Juri_Uluots, lk 16
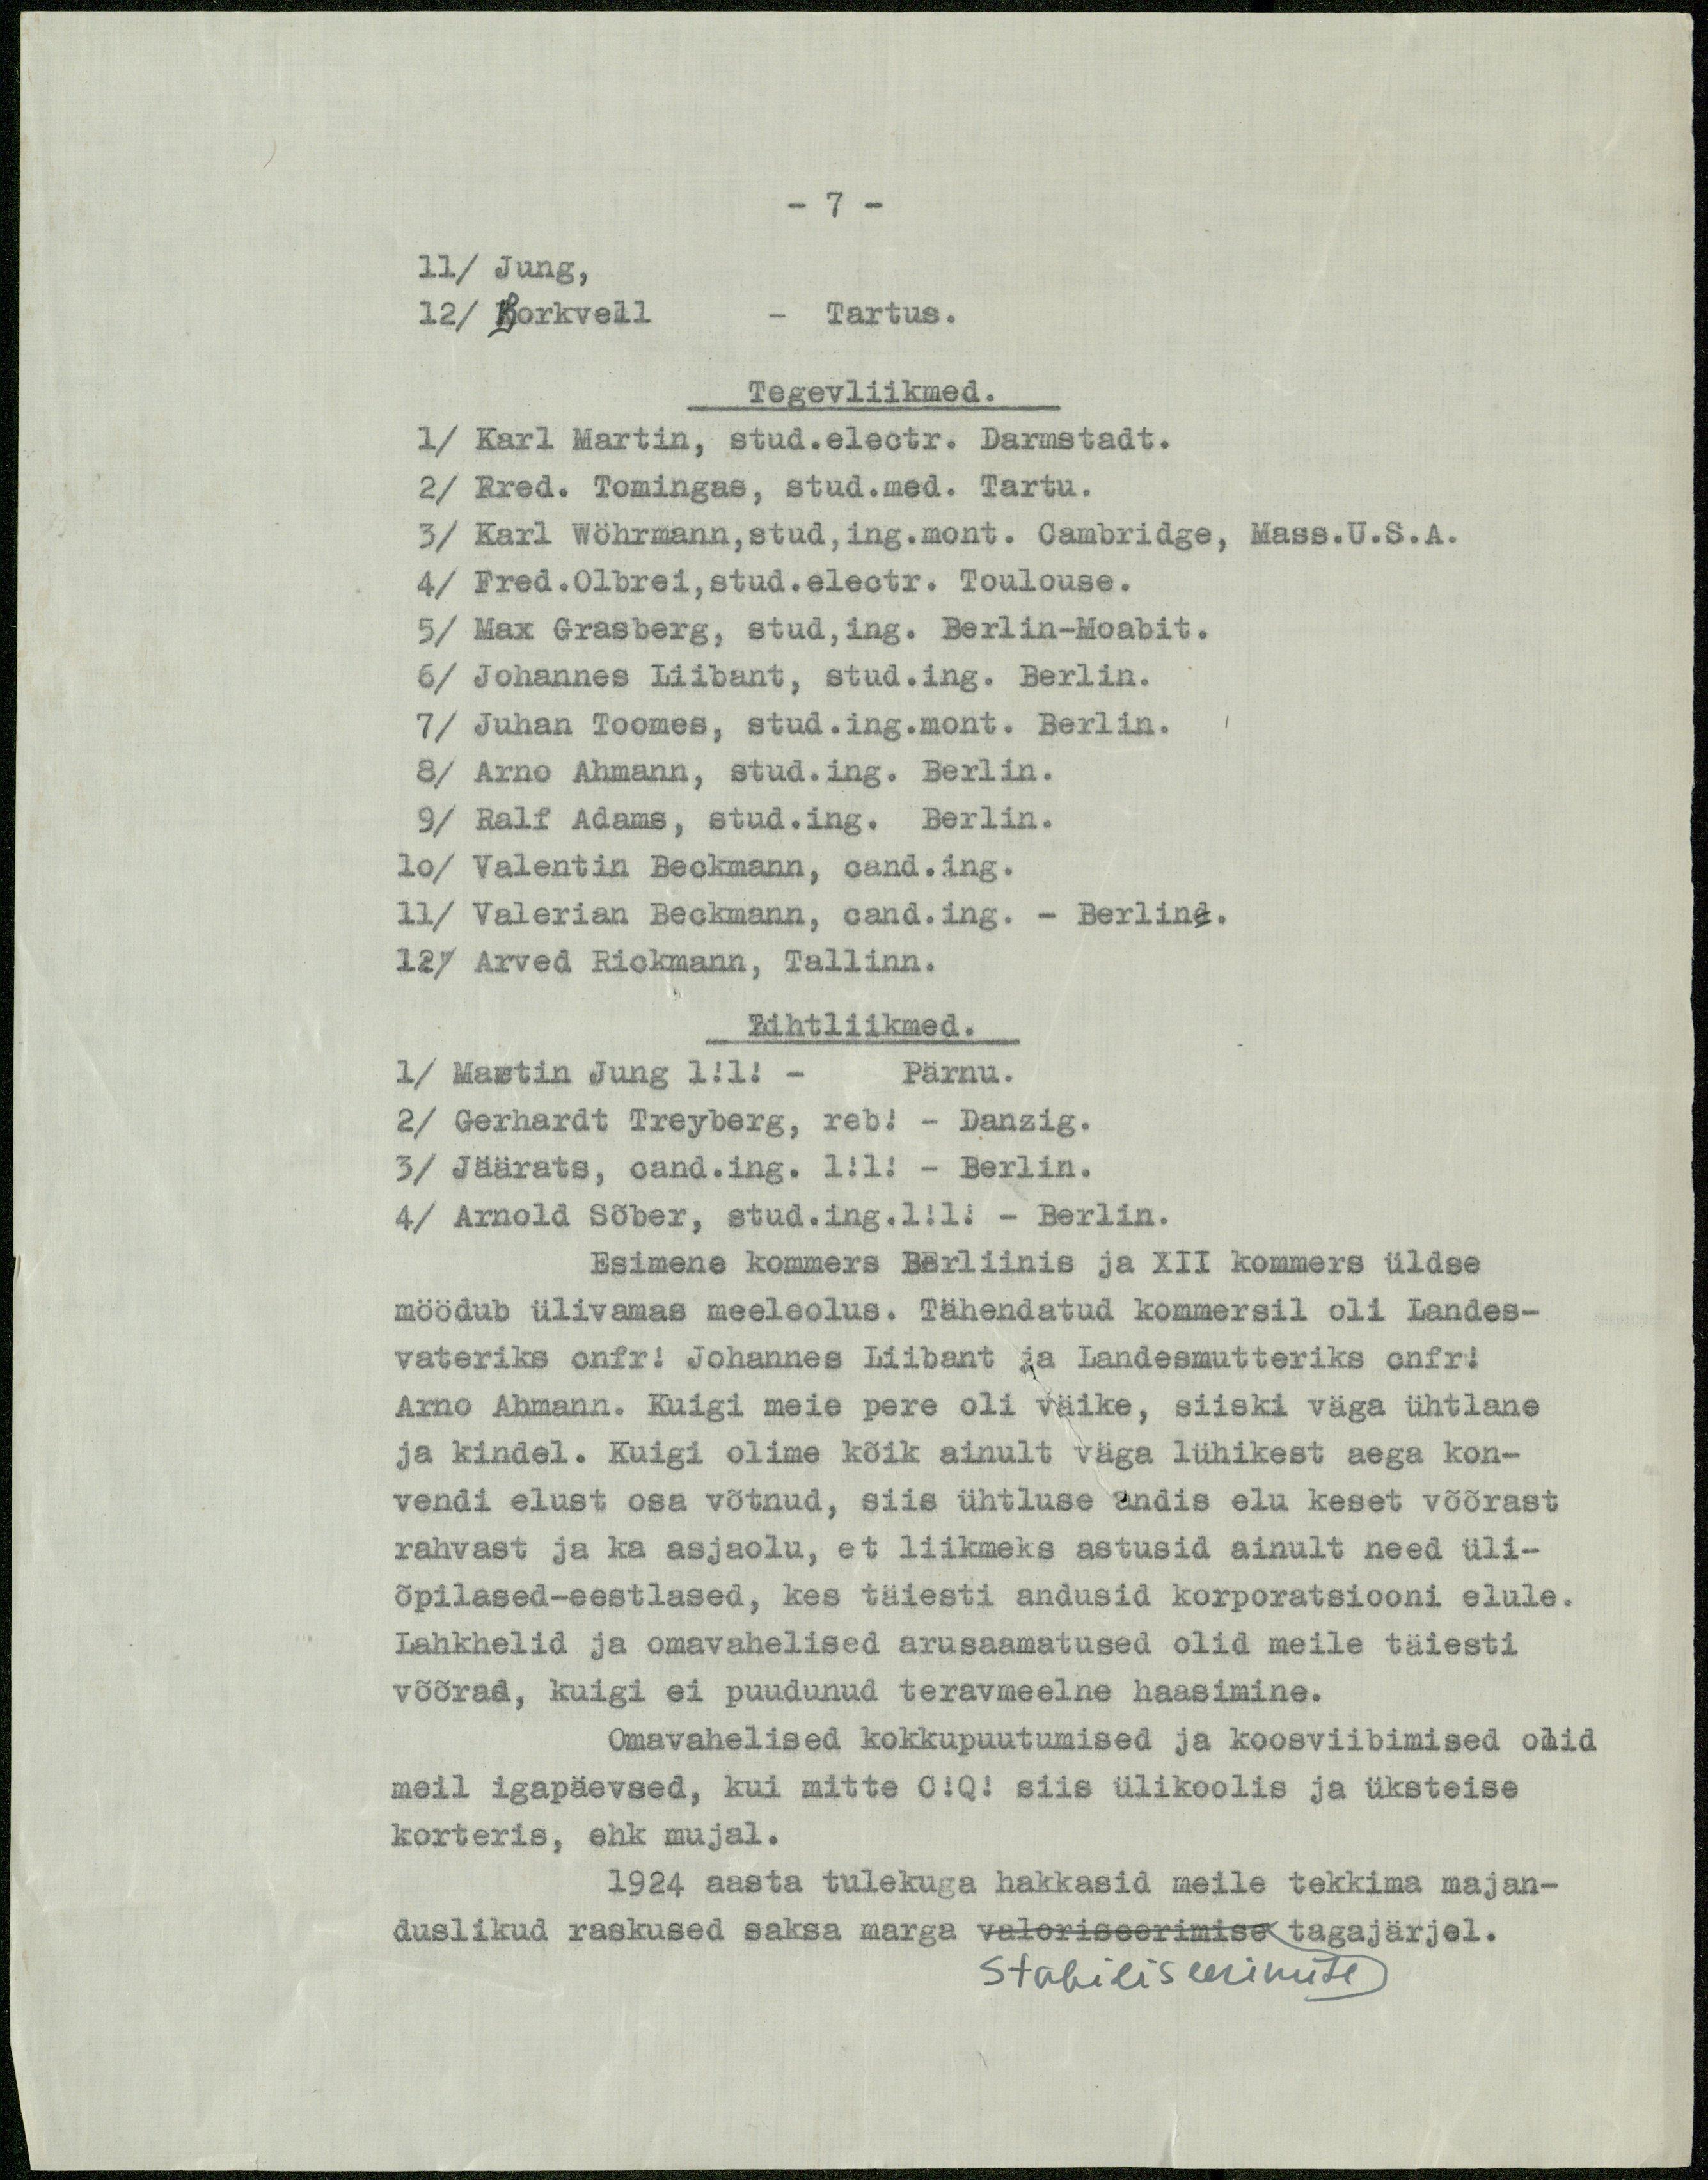
- 7 -
11/ Jung,
12/ Korkvell
- Tartus.
Tegevliikmed.
1/ Karl Martin, stud.electr. Darmstadt.
2/ Fred. Tomingas, stud.med. Tartu.
3/ Karl Wöhrmann,stud,ing.mont. Cambridge, Mass.U.S.A.
4/ Fred.Olbrei,stud.electr. Toulouse.
5/ Max Grasberg, stud,ing. Berlin-Moabit.
6/ Johannes Liibant, stud.ing. Berlin.
7/ Juhan Toomes, stud.ing.mont. Berlin.
8/ Arno Ahmann, stud.ing. Berlin.
9/ Ralf Adams, stud.ing. Berlin.
10/ Valentin Beckmann, cand.ing.
11/ Valerian Beckmann, cand.ing. - Berlind.
12/ Arved Rickmann, Tallinn.
Lihtliikmed.
1/ Martin Jung 1!1! - Pärnu.
2/ Gerhardt Treyberg, reb! - Danzig.
3/ Jäärats, cand.ing. 1!1! - Berlin.
4/ Arnold Sõber, stud.ing.1!1! - Berlin.
Esimene kommers Berliinis ja XII kommers üldse
möödub ülivamas meeleolus. Tähendatud kommersil oli Landes-
vateriks cnfr! Johannes Liibant ja Landesmutteriks cnfr!
Arno Ahmann. Kuigi meie pere oli väike, siiski väga ühtlane
ja kindel. Kuigi olime kõik ainult väga lühikest aega kon-
vendi elust osa võtnud, siis ühtluse andis elu keset võõrast
rahvast ja ka asjaolu, et liikmeks astusid ainult need üli-
õpilased-eestlased, kes täiesti andusid korporatsiooni elule.
Lahkhelid ja omavahelised arusaamatused olid meile täiesti
võõrad, kuigi ei puudunud teravmeelne haasimine.
Omavahelised kokkupuutumised ja koosviibimised olid
meil igapäevsed, kui mitte C!Q! siis ülikoolis ja üksteise
korteris, ehk mujal.
1924 aasta tulekuga hakkasid meile tekkima majan-
duslikud raskused saksa marga valoriseerimise tagajärjel.
stabiliseerimise